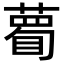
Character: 𥊄